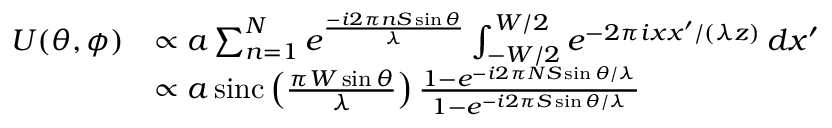
{ \begin{array} { r l } { U ( \theta , \phi ) } & { \propto a \sum _ { n = 1 } ^ { N } e ^ { \frac { - i 2 \pi n S \sin \theta } { \lambda } } \int _ { - W / 2 } ^ { W / 2 } e ^ { { - 2 \pi i x x ^ { \prime } } / ( \lambda z ) } \, d x ^ { \prime } } \\ & { \propto a \operatorname { s i n c } \left( { \frac { \pi W \sin \theta } { \lambda } } \right) { \frac { 1 - e ^ { - i 2 \pi N S \sin \theta / \lambda } } { 1 - e ^ { - i 2 \pi S \sin \theta / \lambda } } } } \end{array} }